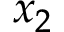
x _ { 2 }